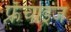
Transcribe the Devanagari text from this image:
फ्रँचाइज